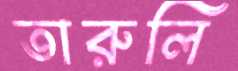
তারুলি